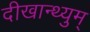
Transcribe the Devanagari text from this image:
दीखान्थ्युम्